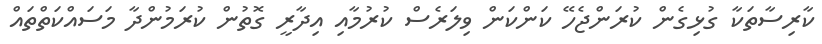
ކާރިސާތަކާ ގުޅިގެން ކުރަންޖެހޭ ކަންކަން ވިލަރެސް ކުރުމާއި އިދާރީ ގޮތުން ކުރަމުންދާ މަސައްކަތްތައް